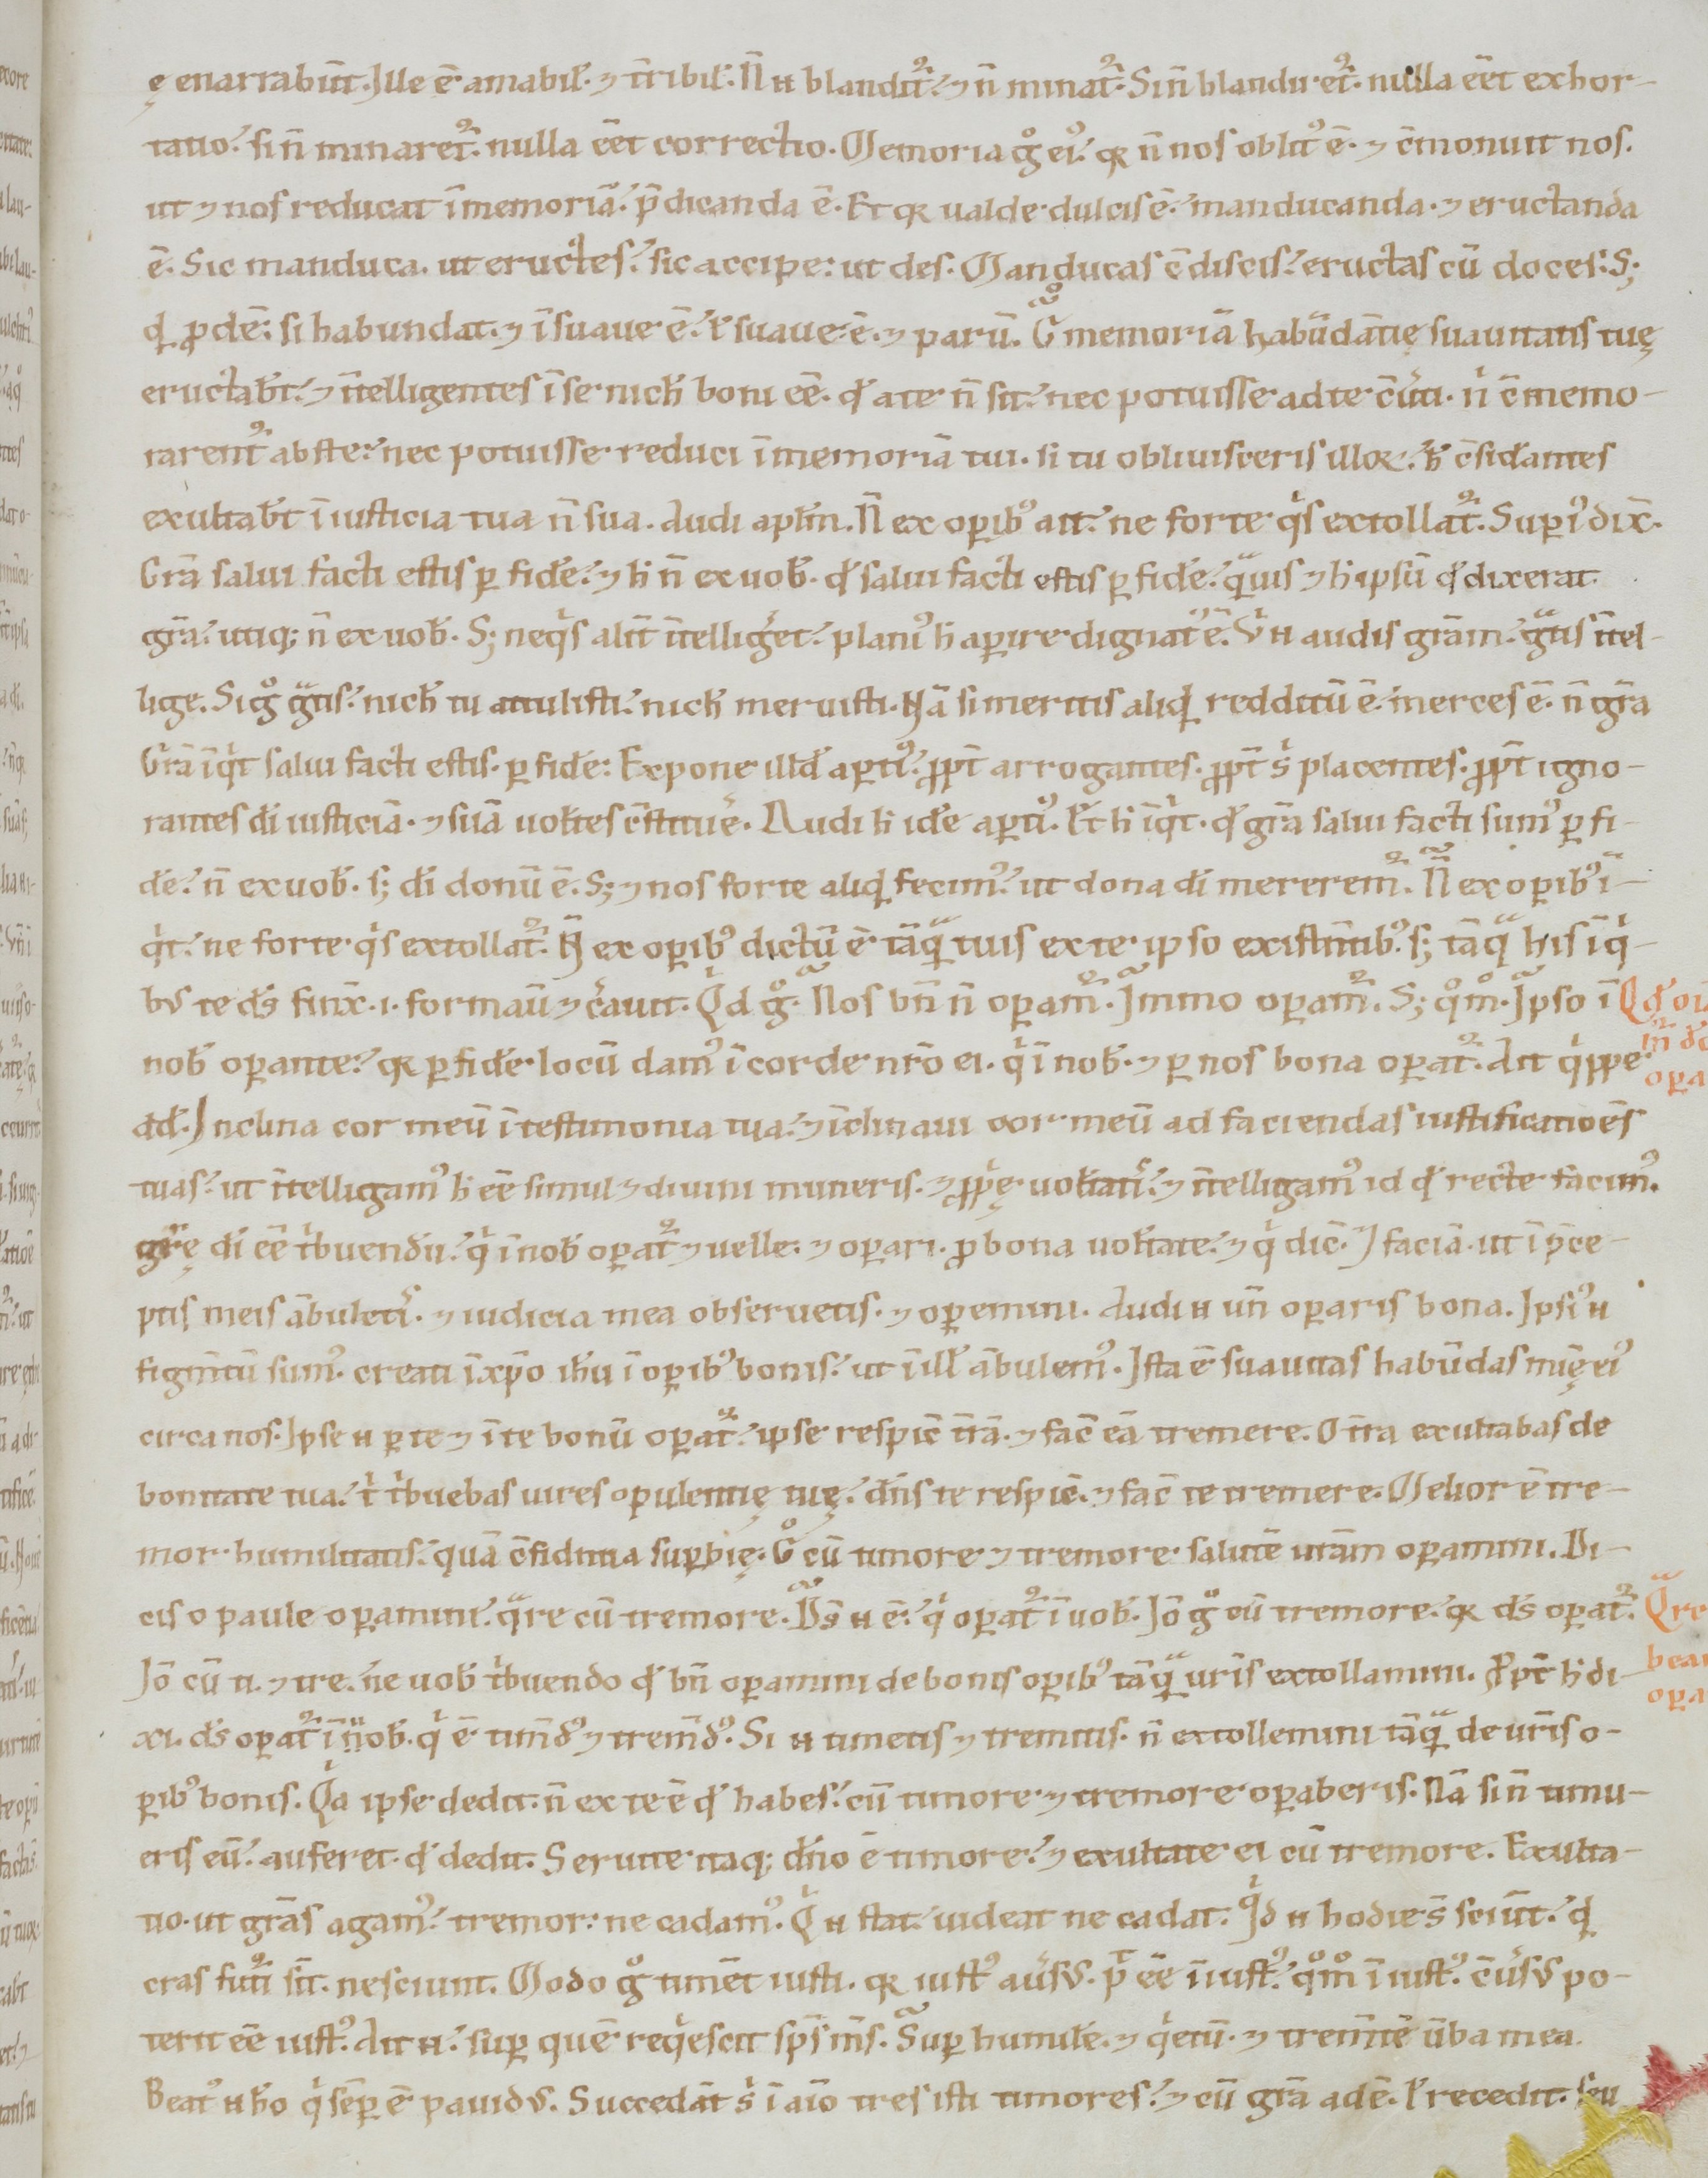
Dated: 1100–1199